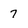
Character: 7